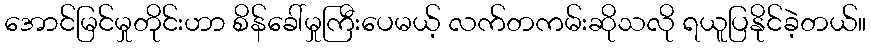
အောင်မြင်မှုတိုင်းဟာ စိန်ခေါ်မှုကြီးပေမယ့် လက်တကမ်းဆိုသလို ရယူပြနိုင်ခဲ့တယ်။